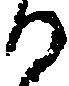
る